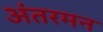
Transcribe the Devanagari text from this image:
अंतरमन